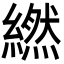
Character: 繎